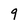
Character: 9